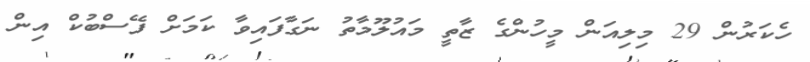
ހެކަރުން 29 މިލިއަން މީހުންގެ ޒާތީ މައުލޫމާތު ނަގާފައިވާ ކަމަށް ފޭސްބުކް އިން